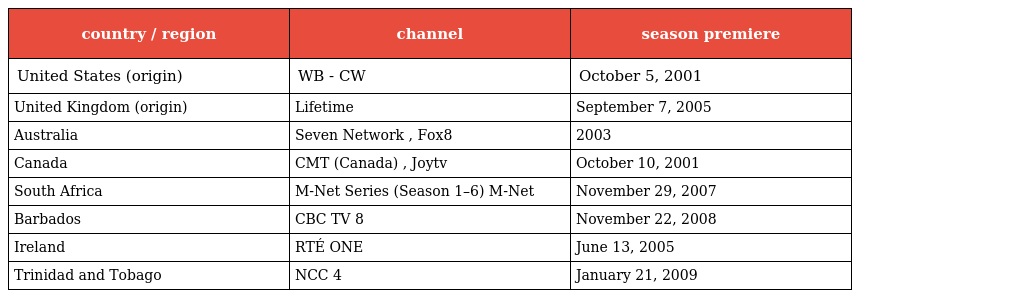
| country / region | channel | season premiere |
 | --- | --- | --- |
 | United States (origin) | WB - CW | October 5, 2001 |
 | United Kingdom (origin) | Lifetime | September 7, 2005 |
 | Australia | Seven Network , Fox8 | 2003 |
 | Canada | CMT (Canada) , Joytv | October 10, 2001 |
 | South Africa | M-Net Series (Season 1–6) M-Net | November 29, 2007 |
 | Barbados | CBC TV 8 | November 22, 2008 |
 | Ireland | RTÉ ONE | June 13, 2005 |
 | Trinidad and Tobago | NCC 4 | January 21, 2009 |